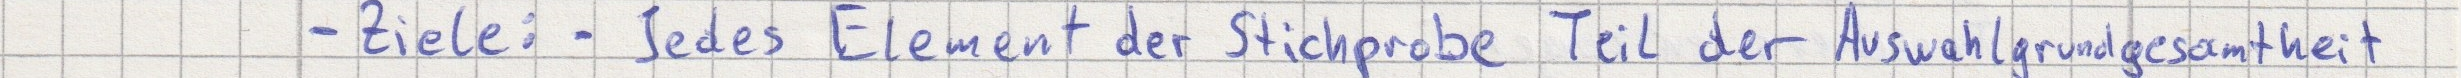
- Ziele: - Jedes Element der Stichprobe Teil der Auswahlgrundgesamtheit